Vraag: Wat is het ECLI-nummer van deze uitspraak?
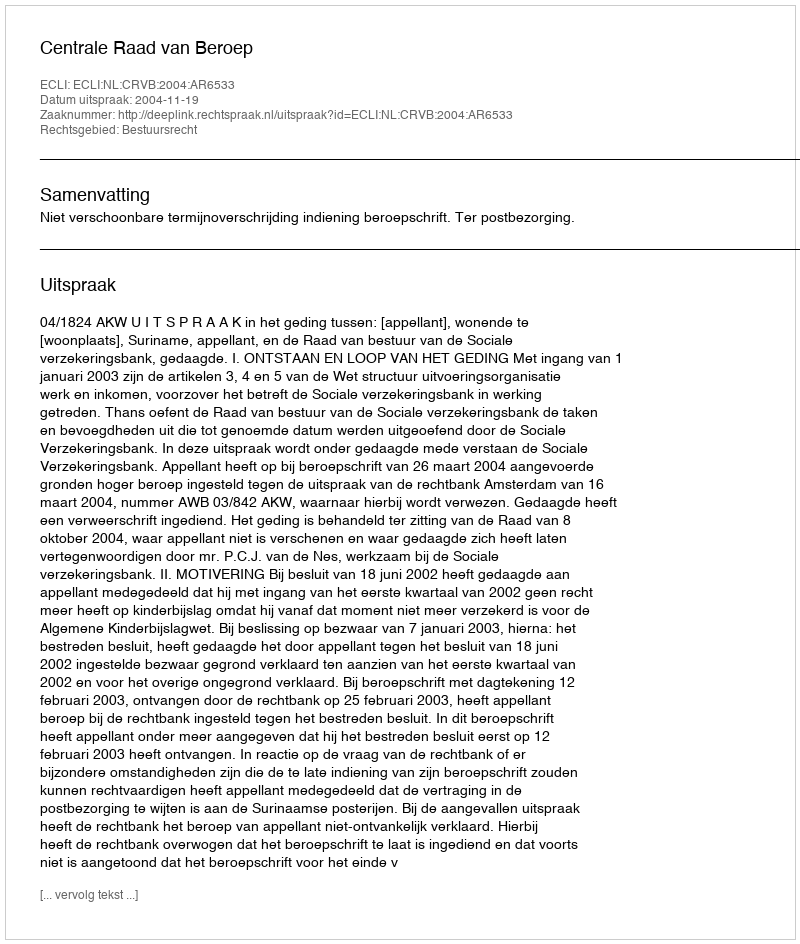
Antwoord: ECLI:NL:CRVB:2004:AR6533